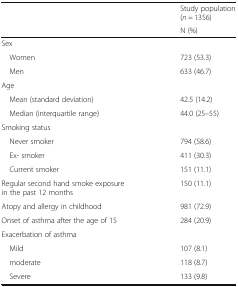
<table><thead><tr><td>[EMPTY_CELL]</td><td><b>Study population (<i>n</i> = 1356)</b></td></tr><tr><td>[EMPTY_CELL]</td><td><b>N (%)</b></td></tr></thead><tbody><tr><td colspan="2">Sex</td></tr><tr><td> Women</td><td>723 (53.3)</td></tr><tr><td> Men</td><td>633 (46.7)</td></tr><tr><td colspan="2">Age</td></tr><tr><td> Mean (standard deviation)</td><td>42.5 (14.2)</td></tr><tr><td> Median (interquartile range)</td><td>44.0 (25–55)</td></tr><tr><td colspan="2">Smoking status</td></tr><tr><td> Never smoker</td><td>794 (58.6)</td></tr><tr><td> Ex- smoker</td><td>411 (30.3)</td></tr><tr><td> Current smoker</td><td>151 (11.1)</td></tr><tr><td>Regular second hand smoke exposure in the past 12 months</td><td>150 (11.1)</td></tr><tr><td>Atopy and allergy in childhood</td><td>981 (72.9)</td></tr><tr><td>Onset of asthma after the age of 15</td><td>284 (20.9)</td></tr><tr><td colspan="2">Exacerbation of asthma</td></tr><tr><td> Mild</td><td>107 (8.1)</td></tr><tr><td> moderate</td><td>118 (8.7)</td></tr><tr><td> Severe</td><td>133 (9.8)</td></tr></tbody></table>